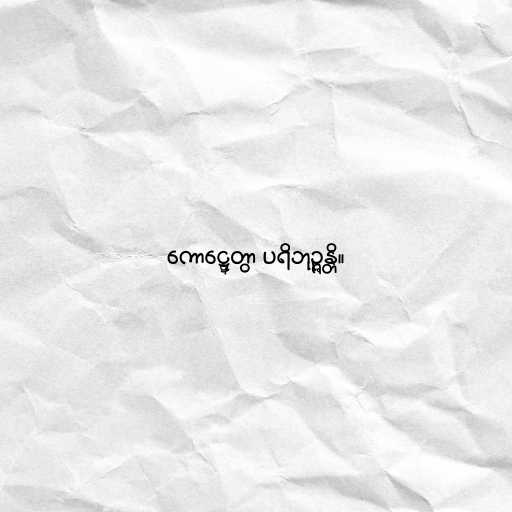
ကောဋ္ဋေတွာ ပရိဘုဉ္ဇန္တိ။